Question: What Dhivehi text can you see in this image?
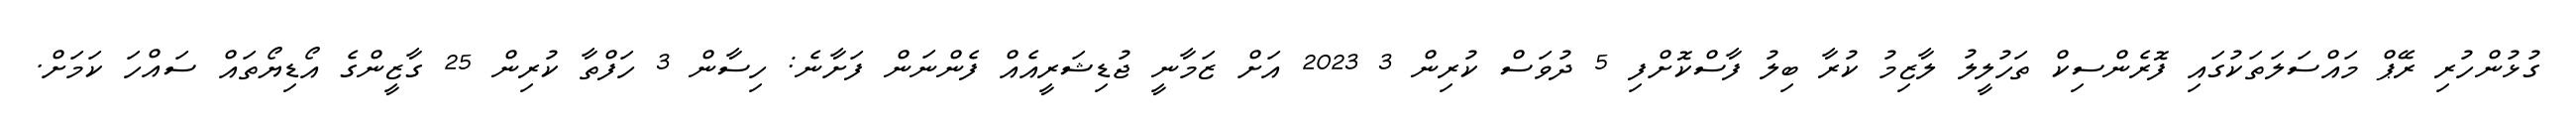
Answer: ގުޅުންހުރި ރޭޕް މައްސަލަތަކުގައި ފޮރެންސިކް ތަހުލީލު ލާޒިމު ކުރާ ބިލު ފާސްކޮށްފި 5 ދުވަސް ކުރިން 3 2023 އަށް ޒަމާނީ ޖުޑިޝަރީއެއް ފެންނަން ފަށާނެ: ހިސާން 3 ހަފްތާ ކުރިން 25 ގާޒީންގެ އޯޑިޔޯތައް ސައްހަ ކަމަށް.